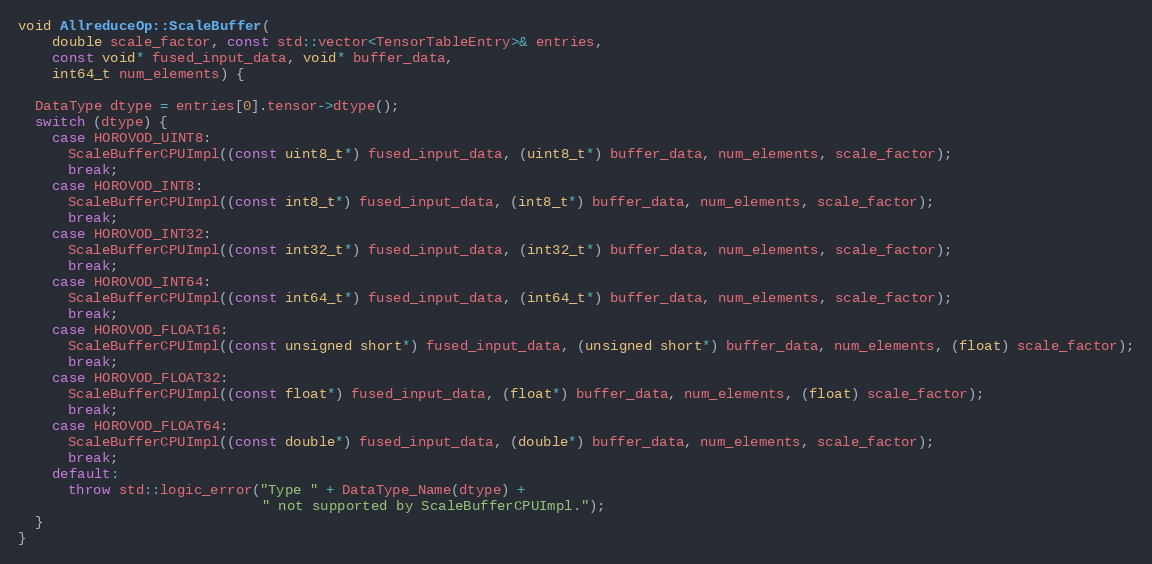
Language: C++
void AllreduceOp::ScaleBuffer(
    double scale_factor, const std::vector<TensorTableEntry>& entries,
    const void* fused_input_data, void* buffer_data,
    int64_t num_elements) {

  DataType dtype = entries[0].tensor->dtype();
  switch (dtype) {
    case HOROVOD_UINT8:
      ScaleBufferCPUImpl((const uint8_t*) fused_input_data, (uint8_t*) buffer_data, num_elements, scale_factor);
      break;
    case HOROVOD_INT8:
      ScaleBufferCPUImpl((const int8_t*) fused_input_data, (int8_t*) buffer_data, num_elements, scale_factor);
      break;
    case HOROVOD_INT32:
      ScaleBufferCPUImpl((const int32_t*) fused_input_data, (int32_t*) buffer_data, num_elements, scale_factor);
      break;
    case HOROVOD_INT64:
      ScaleBufferCPUImpl((const int64_t*) fused_input_data, (int64_t*) buffer_data, num_elements, scale_factor);
      break;
    case HOROVOD_FLOAT16:
      ScaleBufferCPUImpl((const unsigned short*) fused_input_data, (unsigned short*) buffer_data, num_elements, (float) scale_factor);
      break;
    case HOROVOD_FLOAT32:
      ScaleBufferCPUImpl((const float*) fused_input_data, (float*) buffer_data, num_elements, (float) scale_factor);
      break;
    case HOROVOD_FLOAT64:
      ScaleBufferCPUImpl((const double*) fused_input_data, (double*) buffer_data, num_elements, scale_factor);
      break;
    default:
      throw std::logic_error("Type " + DataType_Name(dtype) +
                             " not supported by ScaleBufferCPUImpl.");
  }
}